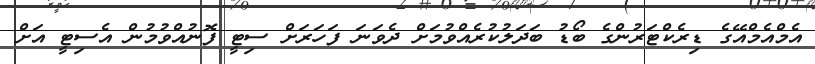
އެމްއެމްއޭގެ ޑިރެކްޓަރުންގެ ބޯޑު ބަދަލުކުރެއްވުމަށް ދެވަނަ ފަހަރަށް ސިޓީ ފޮނުއްވުމުން އެސިޓީ އަށް